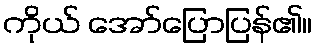
ကိုယ် အော်ပြောပြန်၏။